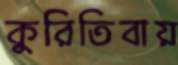
কুরিতিবায়